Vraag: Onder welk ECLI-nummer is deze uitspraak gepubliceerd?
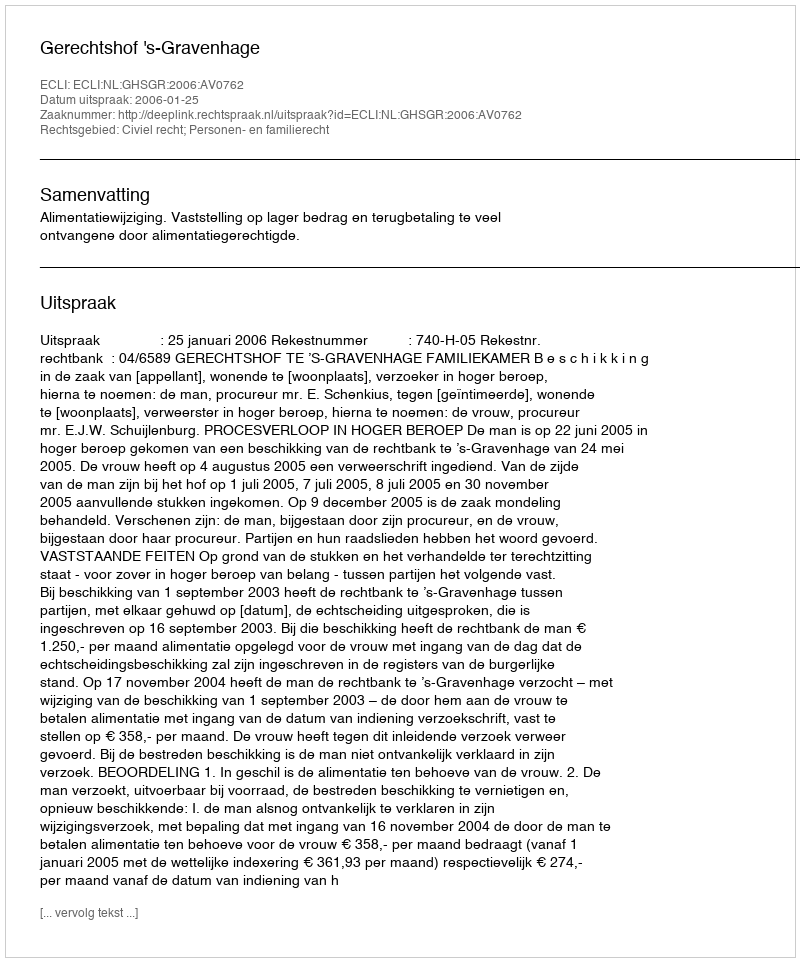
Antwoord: ECLI:NL:GHSGR:2006:AV0762